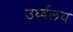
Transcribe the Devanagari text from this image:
उर्ध्वलय